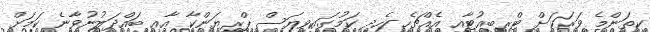
ކިތަންމެ ވަރަކަށް ޓްރިބިއުޓާއި އެއްޗެހި ހެދި ކަމުގައިވިޔަސް ޕްރިޔަންކާ އާއި ބައްދަލުނުވާނެ ކަމަށް